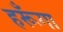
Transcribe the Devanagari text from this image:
हरूँगा